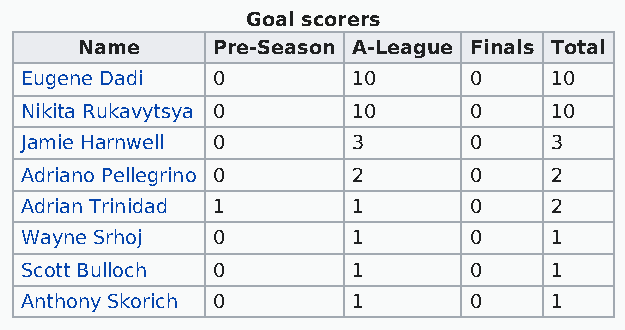
Goal scorers
 Name     Pre-Season A-League Finals Total
 Eugene Dadi  0        10      0    10
 Nikita Rukavytsya 0   10      0    10
 Jamie Harnwell 0      3       0    3
 Adriano Pellegrino 0  2       0    2
 Adrian Trinidad 1     1       0    2
 Wayne Srhoj  0        1       0    1
 Scott Bulloch 0       1       0    1
 Anthony Skorich 0     1       0    1